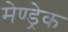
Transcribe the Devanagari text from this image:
मेण्ड्रेक